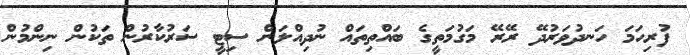
ފުރިހަމަ ހަނދުވަރުދޭ ރޭރޭ މަގުމަތީގެ ބައްތިތައް ނުދިއްލަން ސިޓީ ސަރުކާރުން ތަކުން ނިންމުން